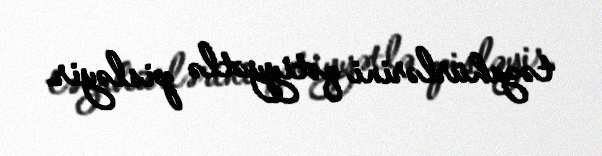
təzahürlərini qətiyyətlə pisləyir.